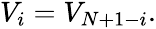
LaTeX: \begin{array}{r}{V_{i}=V_{N+1-i}.}\end{array}